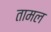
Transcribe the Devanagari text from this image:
तामल